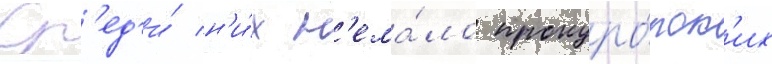
Ср'ед'и́ н'и́х н'ема́ло прокуро́рск'их